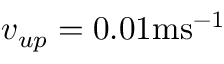
v _ { u p } = 0 . 0 1 \mathrm { m s ^ { - 1 } }